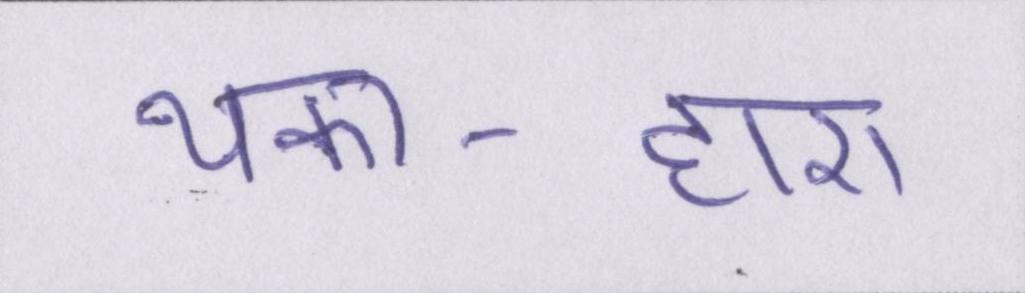
थका-हारा